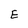
Character: E